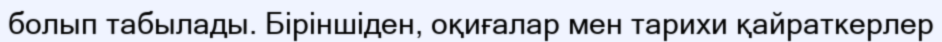
болып табылады. Біріншіден, оқиғалар мен тарихи қайраткерлер